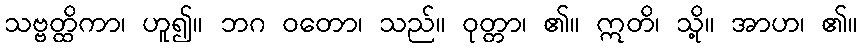
သဗ္ဗတ္ထိကာ၊ ဟူ၍။ ဘဂ ဝတော၊ သည်။ ဝုတ္တာ၊ ၏။ ဣတိ၊ သို့။ အာဟ၊ ၏။